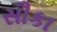
સૌકા